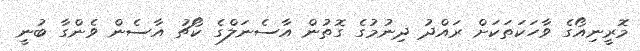
މޮރީނިއޯގެ ވާހަކަތަކަށް ރައްދު ދިނުމުގެ ގޮތުން އާސެނަލްގެ ކޯޗު އާސެން ވެންގާ ބުނީ